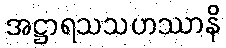
အဋ္ဌာရသသဟဿာနိ